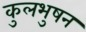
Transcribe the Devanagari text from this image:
कुलभुषन